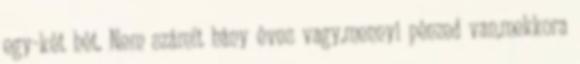
egy-két hét. Nem számít hány éves vagy,mennyi pénzed van,mekkora